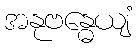
အနုဗန္ဓေယျံ